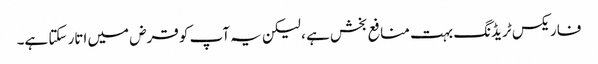
فاریکس ٹریڈنگ بہت منافع بخش ہے ، لیکن یہ آپ کو قرض میں اتار سکتا ہے۔